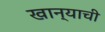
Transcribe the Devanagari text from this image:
खान्याची